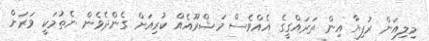
މިލިއަން ރުފިޔާ އިން ތަރައްގީގެ އެއްވެސް މަޝްރޫއެއް ކުރިއަށް ގެންދެވެން ނެތުމަކީ ވަރަށް